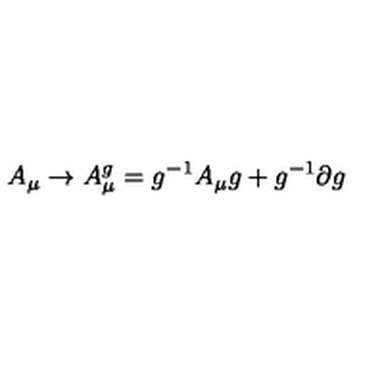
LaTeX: A _ { \mu } \to A _ { \mu } ^ { g } = g ^ { - 1 } A _ { \mu } g + g ^ { - 1 } \partial g